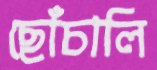
ছোঁচালি